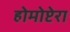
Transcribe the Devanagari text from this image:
होमोप्टेरा